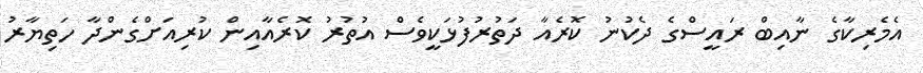
އެމެރިކާގެ ނާއިބް ރައީސްގެ ދެކުނު ކޮރެއާ ދަތުރުފުޅަކީވެސް އުތުރު ކޮރެއާއިން ކުރިއަށްގެންދާ ހަތިޔާރު